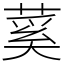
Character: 蒵